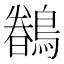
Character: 𮭎